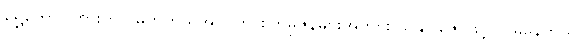
ရွှေတောင်ကြားတွင် မိုက်ကယ်အိုဝင်က စက်မှုဇုန်များအတွင်း သိချင်ဇောဖြင့် လိမ်နေတယ်